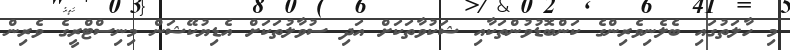
މި ހާލަތުގައި ބެލެނިވެރިންގެ ކަންބޮޑުވުންތަކާއި ޝަކުވާތަކަށް އަދި ސުވާލުތަކަށް އެޑިޔުކޭޝަން މިނިސްޓްރީގެ ވެރިން